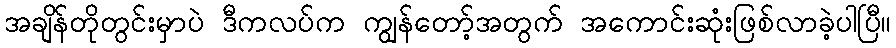
အချိန်တိုတွင်းမှာပဲ ဒီကလပ်က ကျွန်တော့်အတွက် အကောင်းဆုံးဖြစ်လာခဲ့ပါပြီ။